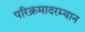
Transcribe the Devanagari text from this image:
परिक्रमादरम्यान